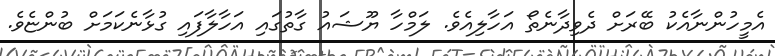
އެމީހުންނާއެކު ބޭރަށް ދެވިދާނެތޯ އަހާލިއެވެ. ލަމްހާ ޔޫޝައު ގާތުގައި އަހާލާފައި ގުޅާނެކަމަށް ބުންޏެވެ.